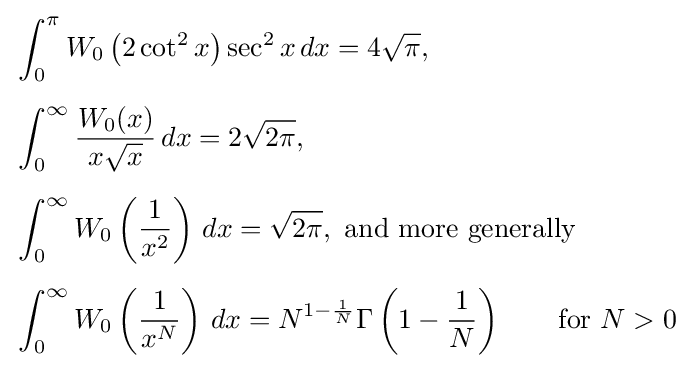
{\begin{aligned}&\int _{0}^{\pi }W_{0}\left(2\cot ^{2}x\right)\sec ^{2}x\,dx=4{\sqrt {\pi }},\\[5pt]&\int _{0}^{\infty }{\frac {W_{0}(x)}{x{\sqrt {x}}}}\,dx=2{\sqrt {2\pi }},\\[5pt]&\int _{0}^{\infty }W_{0}\left({\frac {1}{x^{2}}}\right)\,dx={\sqrt {2\pi }},{\text{ and more generally}}\\[5pt]&\int _{0}^{\infty }W_{0}\left({\frac {1}{x^{N}}}\right)\,dx=N^{1-{\frac {1}{N}}}\Gamma \left(1-{\frac {1}{N}}\right)\qquad {\text{for }}N>0\end{aligned}}